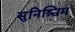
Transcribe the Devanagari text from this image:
सुनिश्चिम